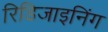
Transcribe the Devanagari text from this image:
रिडिजाइनिंग